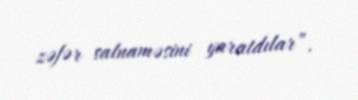
zəfər salnaməsini yaratdılar”.